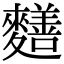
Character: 𪍶